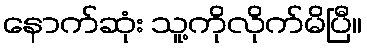
နောက်ဆုံး သူ့ကိုလိုက်မိပြီ။